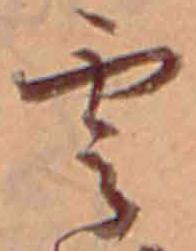
雲